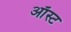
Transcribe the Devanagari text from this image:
ऑस्ट